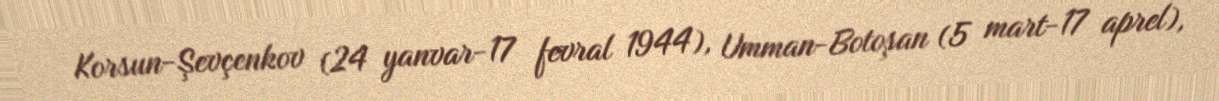
Korsun-Şevçenkov (24 yanvar-17 fevral 1944), Umman-Botoşan (5 mart-17 aprel),